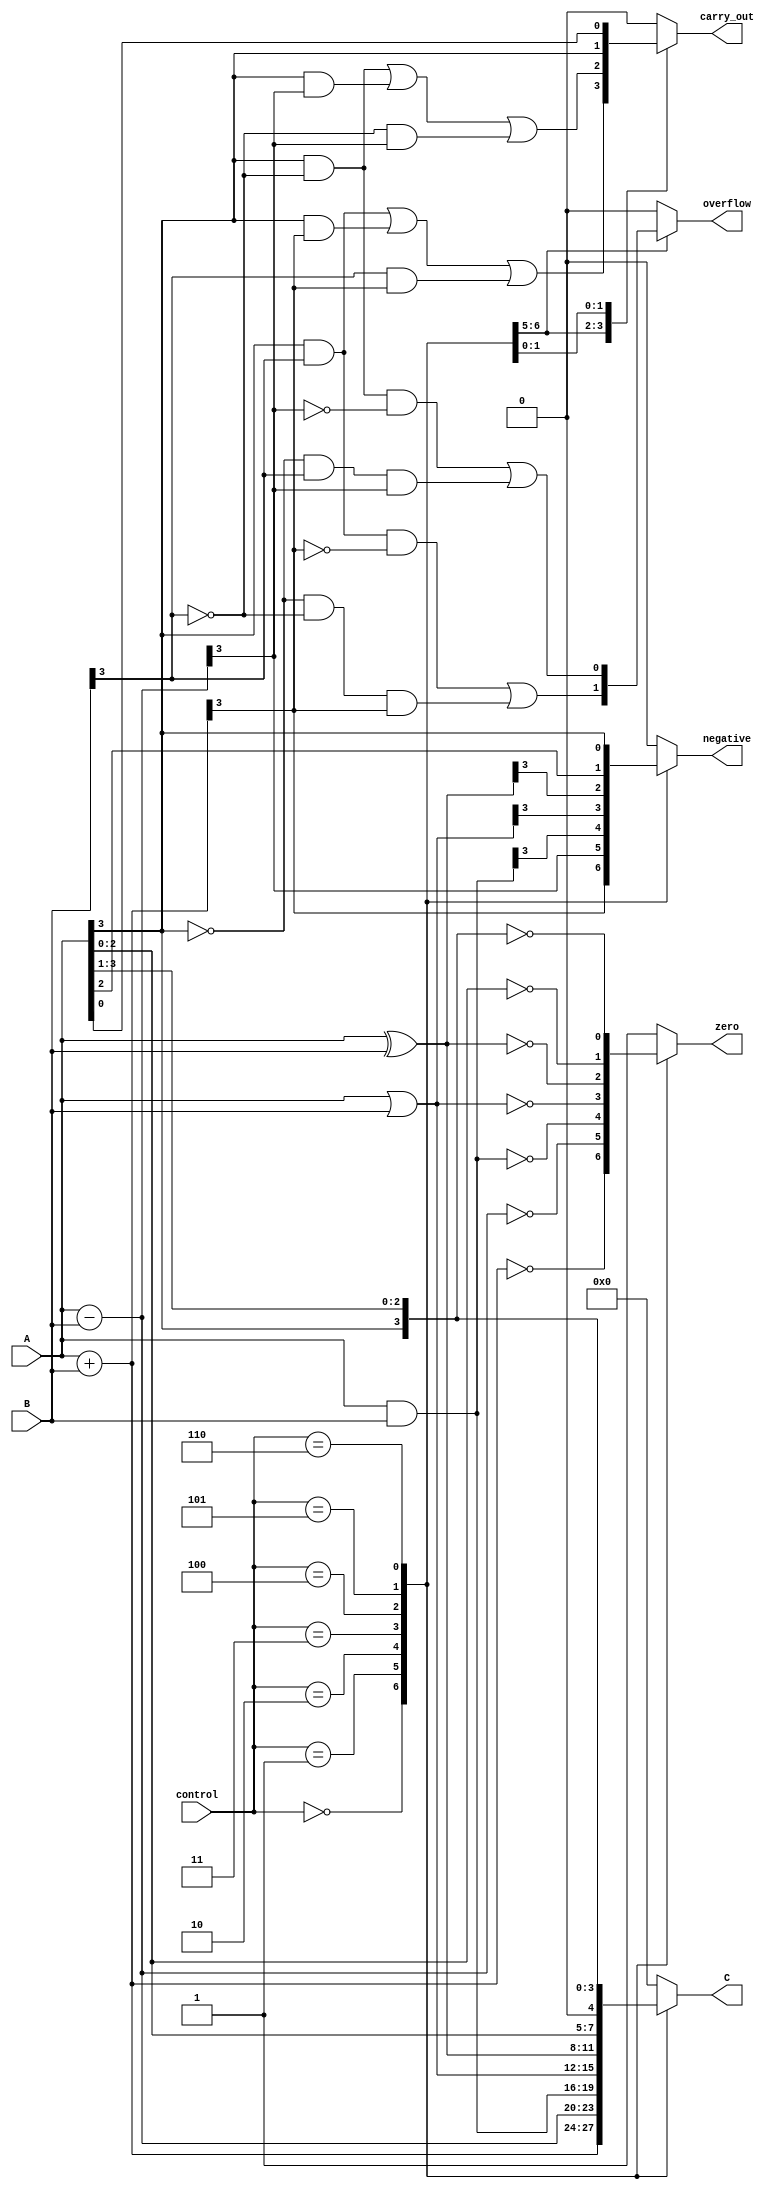
module ALU (
    input [3:0] A,
    input [3:0] B,
    input [2:0] control,
    output reg [3:0] C,
    output reg carry_out,
    output reg overflow,
    output reg zero,
    output reg negative
);

always @ (A, B, control)
begin
    case (control)
        3'b000: // Addition
            begin
                C = A + B;
                carry_out = (A[3] & B[3]) | (A[3] & C[3]) | (B[3] & C[3]);
                overflow = (A[3] & B[3] & ~C[3]) | (~A[3] & ~B[3] & C[3]);
                zero = (C == 0);
                negative = C[3];
            end
        3'b001: // Subtraction
            begin
                C = A - B;
                carry_out = (A[3] & ~B[3]) | (A[3] & C[3]) | (~B[3] & C[3]);
                overflow = (A[3] & ~B[3] & ~C[3]) | (~A[3] & B[3] & C[3]);
                zero = (C == 0);
                negative = C[3];
            end
        3'b010: // AND
            begin
                C = A & B;
                carry_out = 1'b0;
                overflow = 1'b0;
                zero = (C == 0);
                negative = C[3];
            end
        3'b011: // OR
            begin
                C = A | B;
                carry_out = 1'b0;
                overflow = 1'b0;
                zero = (C == 0);
                negative = C[3];
            end
        3'b100: // XOR
            begin
                C = A ^ B;
                carry_out = 1'b0;
                overflow = 1'b0;
                zero = (C == 0);
                negative = C[3];
            end
        3'b101: // Shift left
            begin
                C = {A[2:0], 1'b0};
                carry_out = A[3];
                overflow = 1'b0;
                zero = (C == 0);
                negative = C[3];
            end
        3'b110: // Shift right
            begin
                C = {A[3], A[3:1]};
                carry_out = A[0];
                overflow = 1'b0;
                zero = (C == 0);
                negative = C[3];
            end
        default:
            begin
                C = 4'b0;
                carry_out = 1'b0;
                overflow = 1'b0;
                zero = 1'b1;
                negative = 1'b0;
            end
    endcase
end

endmodule